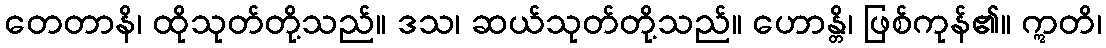
တေတာနိ၊ ထိုသုတ်တို့သည်။ ဒသ၊ ဆယ်သုတ်တို့သည်။ ဟောန္တိ၊ ဖြစ်ကုန်၏။ ဣတိ၊